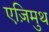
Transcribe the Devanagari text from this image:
एज़िमुथ